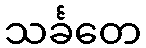
သင်္ခတေ